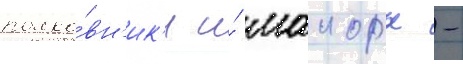
полко́вн'ик'и и́ маиоры -